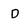
Character: D